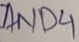
Text: AND4